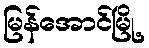
မြန်အောင်မြို့